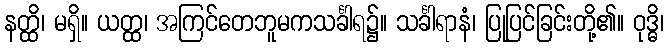
နတ္ထိ၊ မရှိ။ ယတ္ထ၊ အကြင်တေဘူမကသင်္ခါရ၌။ သင်္ခါရာနံ၊ ပြုပြင်ခြင်းတို့၏။ ဝုဒ္ဓိ၊